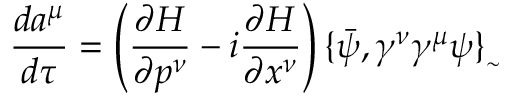
\frac { d a ^ { \mu } } { d \tau } = \left( \frac { \partial H } { \partial p ^ { \nu } } - i \frac { \partial H } { \partial x ^ { \nu } } \right) \{ \bar { \psi } , \gamma ^ { \nu } \gamma ^ { \mu } \psi \} _ { _ { \sim } }